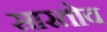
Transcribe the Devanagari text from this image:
सारतोव